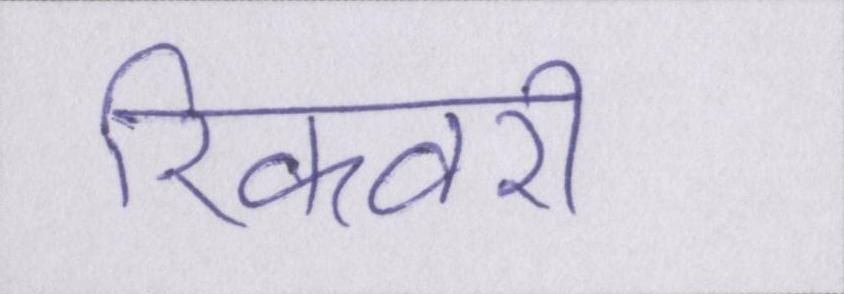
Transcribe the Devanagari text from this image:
रिकवरी